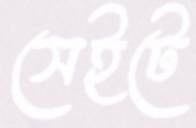
সেইটে